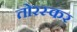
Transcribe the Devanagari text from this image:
तोरस्कर